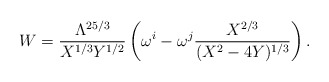
\begin{align*}W=\frac{\Lambda^{25/3}}{X^{1/3} Y^{1/2}} \left(\omega^i - \omega^j \frac{X^{2/3}}{(X^2-4 Y)^{1/3}} \right).\end{align*}